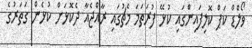
ވޯލްޑް ކަޕް ކޮލިފައިންގައި ކުޅޭ ފުރަތަމަ މެޗުގައި ރާއްޖެއާ ދެކޮޅަށް ކުޅެން ގަތަރުގެ